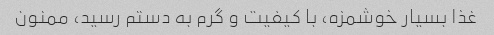
غذا بسیار خوشمزه، با کیفیت و گرم به دستم رسید، ممنون